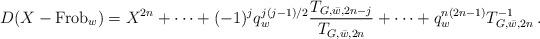
LaTeX: \begin{align*}D(X - \mathrm{Frob}_{w}) = X^{2n}+\dotsb+(-1)^j q_w^{j(j-1)/2} \frac{T_{G, \bar{w}, {2n-j}}}{T_{G,\bar{w},2n}} +\dotsb +q^{n(2n-1)}_w T_{G,\bar{w},2n}^{-1} \,.\end{align*}